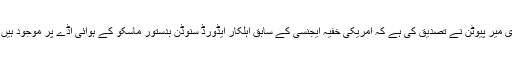
واشنگٹن — روس کے صدر ولادی میر پیوٹن نے تصدیق کی ہے کہ امریکی خفیہ ایجنسی کے سابق اہلکار ایڈورڈ سنوڈن بدستور ماسکو کے ہوائی اڈے پر موجود ہیں اور جہاں جانا چاہیں جاسکتے ہیں۔